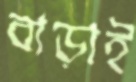
বাড়াই